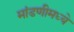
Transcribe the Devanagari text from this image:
मांडणीमध्‍ये